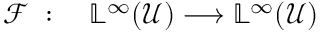
\begin{array} { r l } { \mathcal { F } \; : \; } & { { } \mathbb { L } ^ { \infty } ( \mathcal { U } ) \longrightarrow \mathbb { L } ^ { \infty } ( \mathcal { U } ) } \end{array}